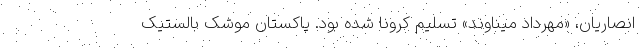
انصاریان، «مهرداد میناوند» تسلیم کرونا شده بود. پاکستان موشک بالستیک